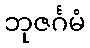
ဘုဇင်္ဂမံ